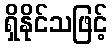
ရှိနိုင်သဖြင့်